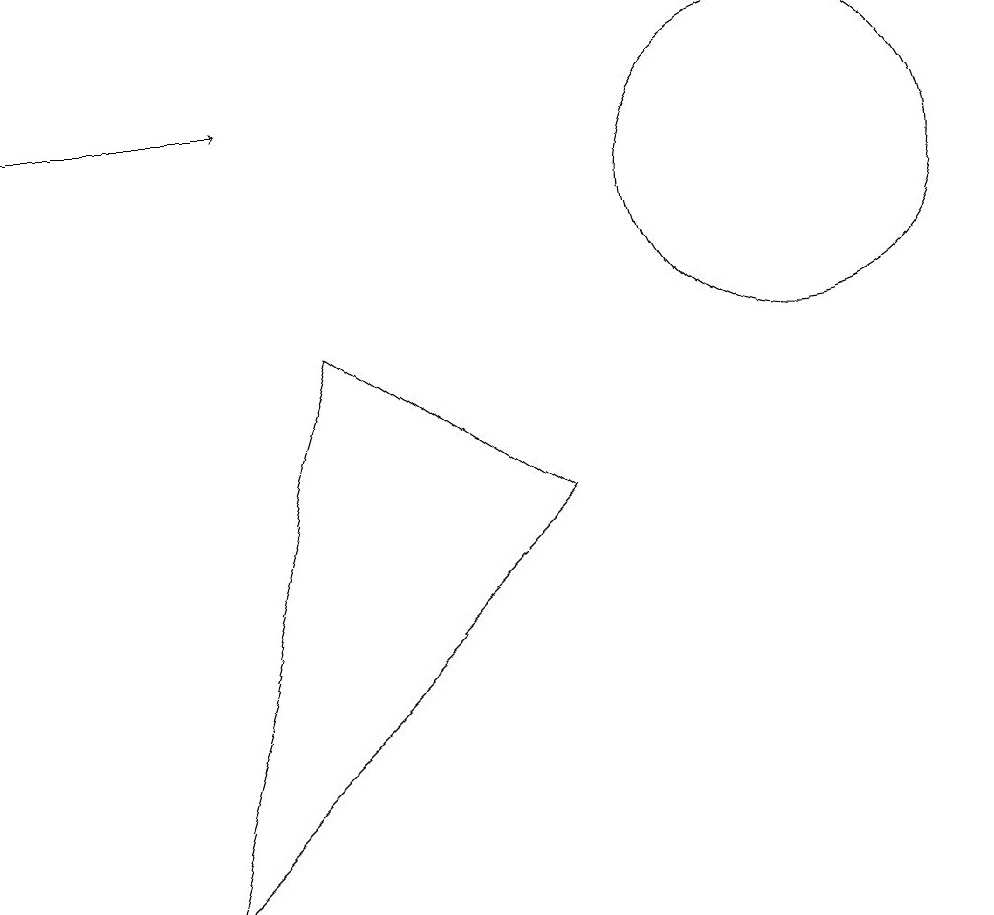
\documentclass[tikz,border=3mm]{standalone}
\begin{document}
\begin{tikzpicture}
\draw (4,9) -- (7,7) -- (2,2) -- cycle;
\draw[->] (0,12) -- (3,12);
\draw (10,11) circle (2);
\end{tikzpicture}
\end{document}